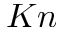
K n